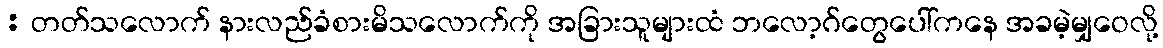
: တတ်သလောက် နားလည်ခံစားမိသလောက်ကို အခြားသူများထံ ဘလော့ဂ်တွေပေါ်ကနေ အခမဲ့မျှဝေလို့